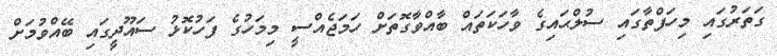
ގަތަރުގައި މިހަފްތާގައި ސުލްޙައިގެ ވާހަކަތައް ބާއްވާގޮތަށް ހަމަޖެއްސީ މިމަހުގެ ފަހުކޮޅު ސައޫދީގައި ބޭއްވުމަށް